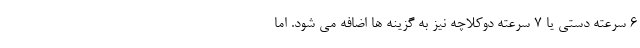
6 سرعته دستی یا 7 سرعته دوکلاچه نیز به گزینه ها اضافه می شود. اما